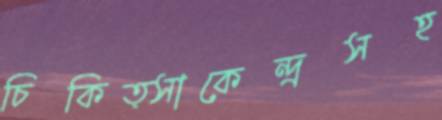
চিকিত্সাকেন্দ্রসহ